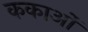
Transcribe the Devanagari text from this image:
ककाओं